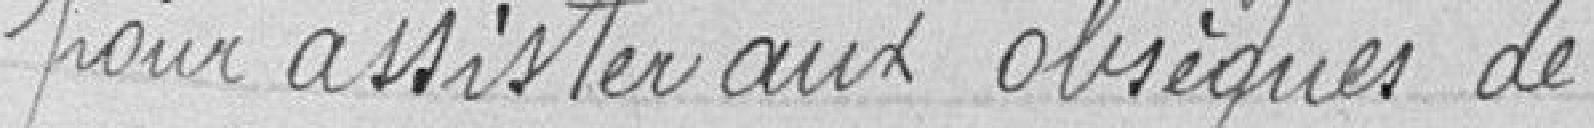
pour assister aux obsèques de